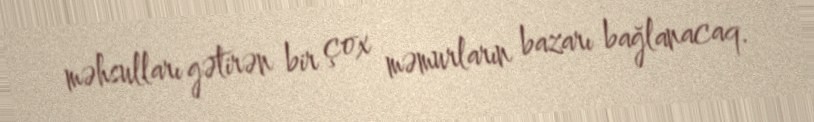
məhsulları gətirən bir çox məmurların bazarı bağlanacaq.